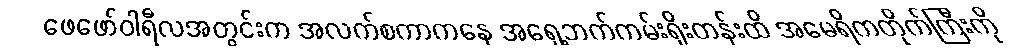
ဖေဖော်ဝါရီလအတွင်းက အလက်စကာကနေ အရှေ့ဘက်ကမ်းရိုးတန်းထိ အမေရိကတိုက်ကြီးကို